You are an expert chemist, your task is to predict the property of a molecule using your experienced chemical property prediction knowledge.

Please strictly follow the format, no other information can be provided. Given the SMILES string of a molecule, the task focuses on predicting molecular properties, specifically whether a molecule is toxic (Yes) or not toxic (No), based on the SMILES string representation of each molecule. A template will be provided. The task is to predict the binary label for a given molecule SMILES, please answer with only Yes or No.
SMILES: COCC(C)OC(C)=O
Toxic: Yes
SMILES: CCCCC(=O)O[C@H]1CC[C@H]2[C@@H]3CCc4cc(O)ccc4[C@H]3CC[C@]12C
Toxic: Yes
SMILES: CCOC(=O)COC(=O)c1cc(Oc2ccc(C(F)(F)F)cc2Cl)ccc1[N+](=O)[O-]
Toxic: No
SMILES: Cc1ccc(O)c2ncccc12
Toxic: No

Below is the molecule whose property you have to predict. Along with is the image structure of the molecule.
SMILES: CCCCCCCCC(CO)CCCCCC
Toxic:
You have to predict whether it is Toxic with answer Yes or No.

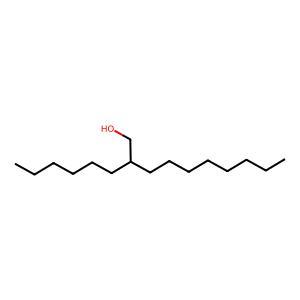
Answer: No